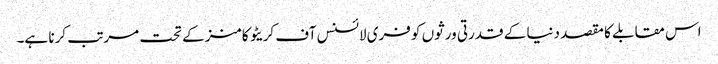
اس مقابلے کا مقصد دنیا کے قدرتی ورثوں کو فری لائسنس آف کریٹو کامنز کے تحت مرتب کرنا ہے۔